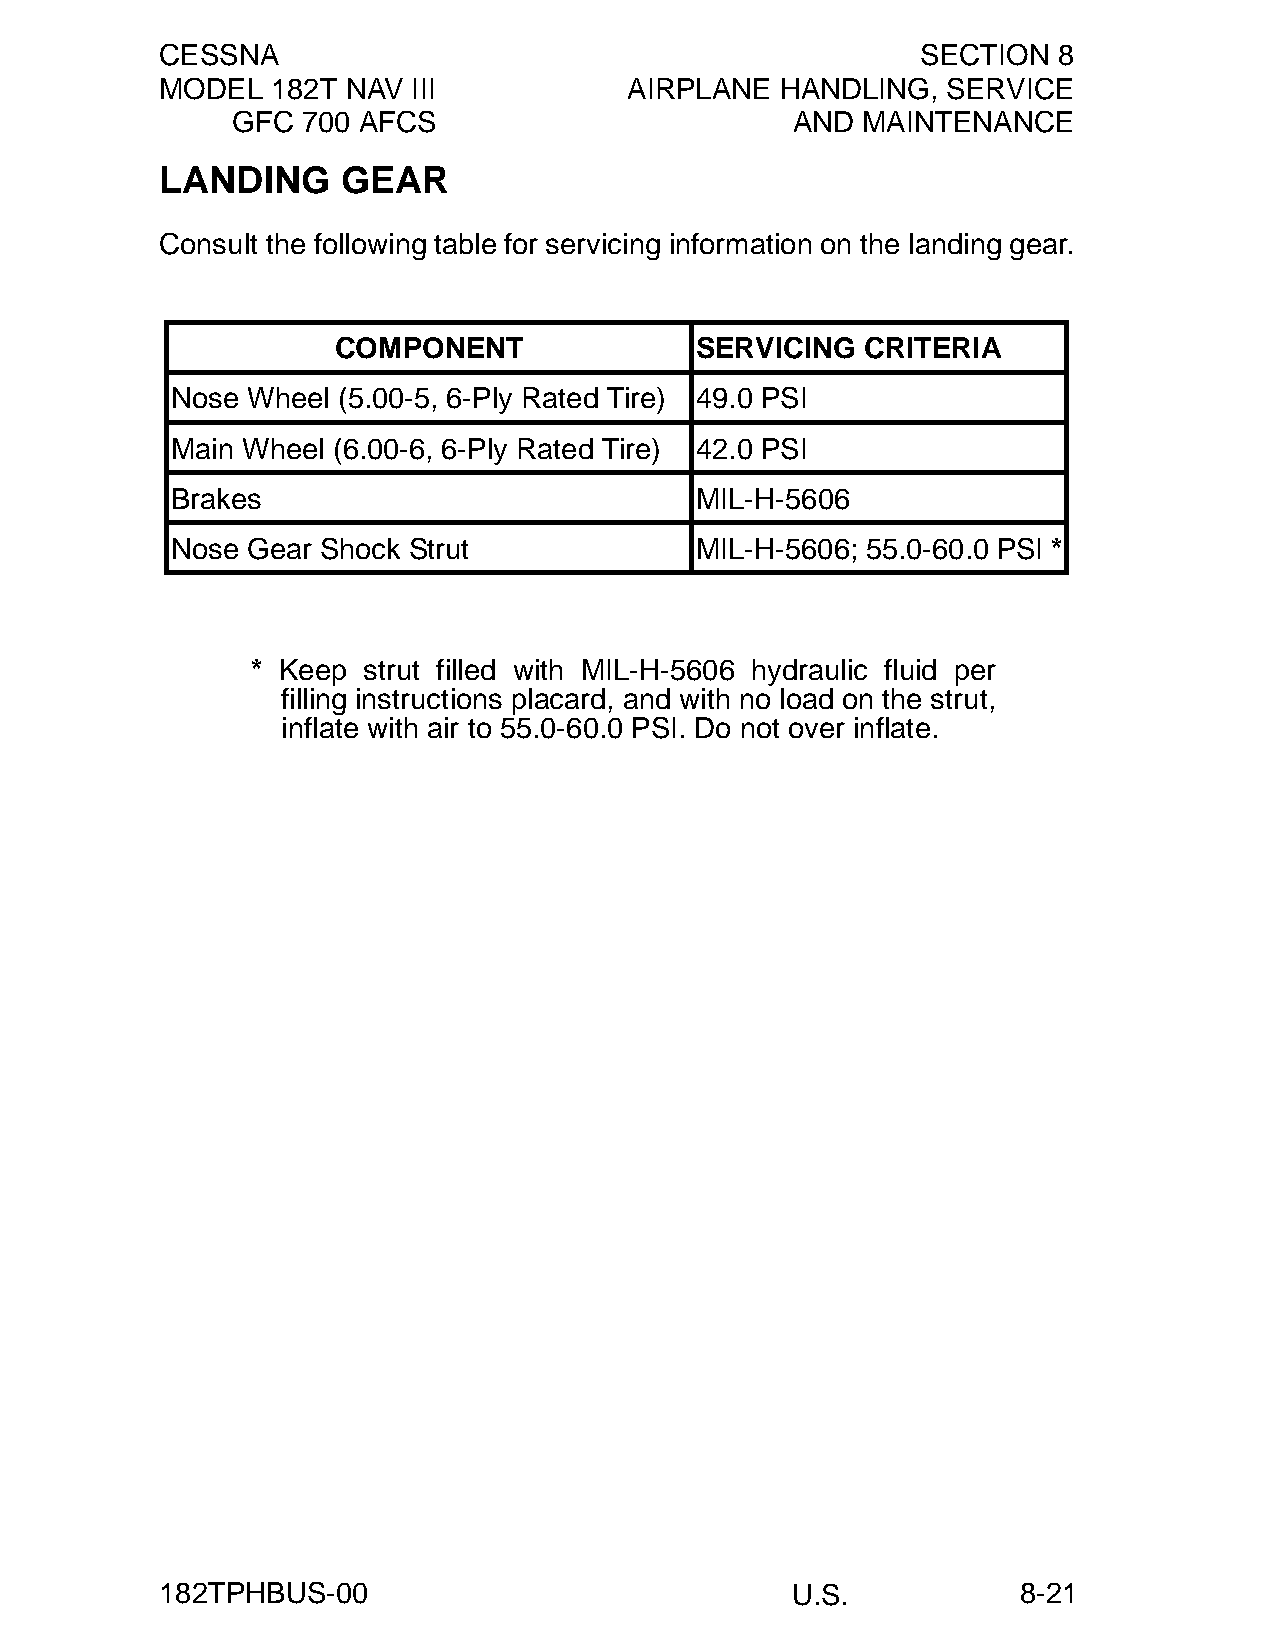
CESSNA                                            SECTION  8
 MODEL  182T NAV III            AIRPLANE  HANDLING,  SERVICE
 GFC  700 AFCS                        AND  MAINTENANCE
 LANDING     GEAR
 Consult the following table for servicing information on the landing gear.
 COMPONENT               SERVICING  CRITERIA
 Nose Wheel (5.00-5, 6-Ply Rated Tire) 49.0 PSI
 Main Wheel (6.00-6, 6-Ply Rated Tire) 42.0 PSI
 Brakes                             MIL-H-5606
 Nose Gear Shock Strut              MIL-H-5606; 55.0-60.0 PSI *
 * Keep strut filled with MIL-H-5606 hydraulic fluid per
 filling instructions placard, and with no load on the strut,
 inflate with air to 55.0-60.0 PSI. Do not over inflate.
 182TPHBUS-00                             U.S.            8-21